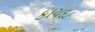
કાયદા